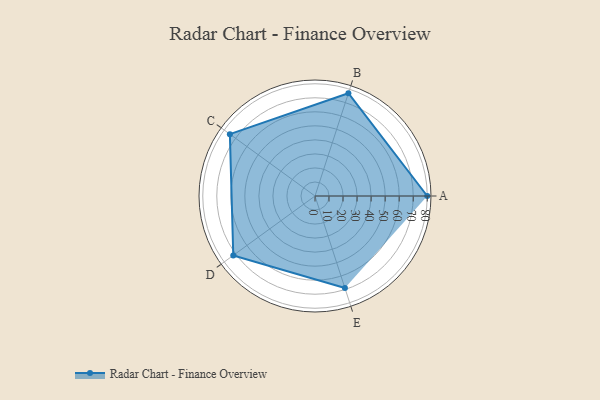
{"axis": {"x": "Skill", "y": "Score"}, "legend": ["Profile"], "data": [{"x": "A", "y": 80.0, "type": "Profile"}, {"x": "B", "y": 77.0, "type": "Profile"}, {"x": "C", "y": 75.0, "type": "Profile"}, {"x": "D", "y": 72.0, "type": "Profile"}, {"x": "E", "y": 69.0, "type": "Profile"}]}